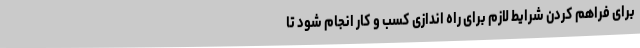
برای فراهم کردن شرایط لازم برای راه اندازی کسب و کار انجام شود تا